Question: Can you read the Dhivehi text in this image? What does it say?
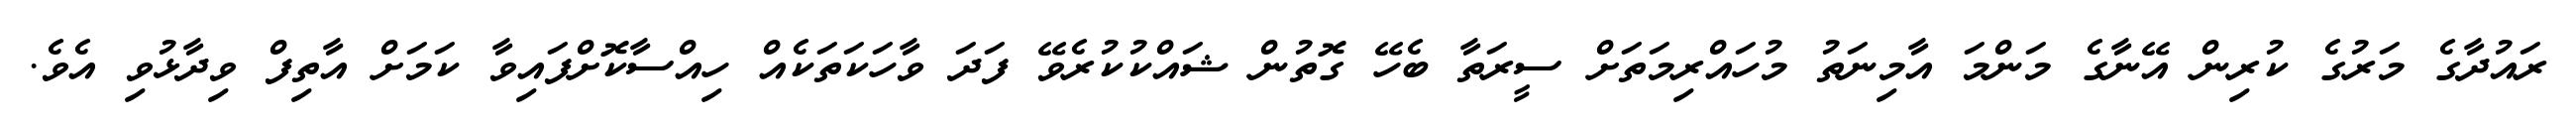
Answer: ރައުދާގެ މަރުގެ ކުރިން އޭނާގެ މަންމަ އާމިނަތު މުހައްރިމަތަށް ސީރަތާ ބެހޭ ގޮތުން ޝައްކުކުރެވޭ ފަދަ ވާހަކަތަކެއް ހިއްސާކޮށްފައިވާ ކަމަށް އާތިފް ވިދާޅުވި އެވެ.